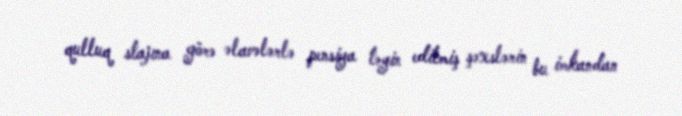
qulluq stajına görə əlavələrlə pensiya təyin edilmiş şəxslərin bu imkandan